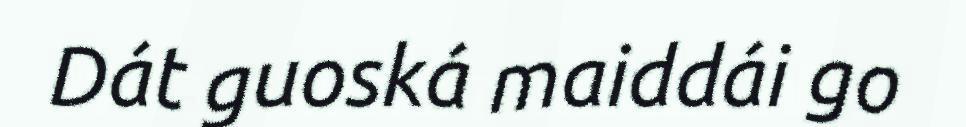
Dát guoská maiddái go